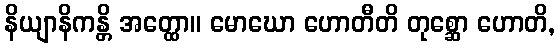
နိယျာနိကန္တိ အတ္ထော။ မောဃော ဟောတီတိ တုစ္ဆော ဟောတိ,